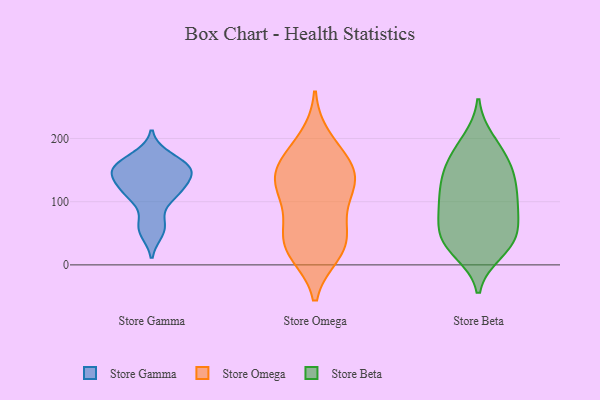
{"axis": {"x": "Headcount", "y": "Value"}, "legend": ["Store Beta", "Store Gamma", "Store Omega"], "data": [{"x": "", "y": 155, "type": "Store Gamma"}, {"x": "", "y": 111, "type": "Store Gamma"}, {"x": "", "y": 52, "type": "Store Gamma"}, {"x": "", "y": 141, "type": "Store Gamma"}, {"x": "", "y": 65, "type": "Store Gamma"}, {"x": "", "y": 114, "type": "Store Gamma"}, {"x": "", "y": 172, "type": "Store Gamma"}, {"x": "", "y": 156, "type": "Store Gamma"}, {"x": "", "y": 149, "type": "Store Gamma"}, {"x": "", "y": 144, "type": "Store Gamma"}, {"x": "", "y": 115, "type": "Store Gamma"}, {"x": "", "y": 19, "type": "Store Omega"}, {"x": "", "y": 132, "type": "Store Omega"}, {"x": "", "y": 146, "type": "Store Omega"}, {"x": "", "y": 140, "type": "Store Omega"}, {"x": "", "y": 84, "type": "Store Omega"}, {"x": "", "y": 29, "type": "Store Omega"}, {"x": "", "y": 121, "type": "Store Omega"}, {"x": "", "y": 170, "type": "Store Omega"}, {"x": "", "y": 24, "type": "Store Omega"}, {"x": "", "y": 161, "type": "Store Omega"}, {"x": "", "y": 53, "type": "Store Omega"}, {"x": "", "y": 199, "type": "Store Omega"}, {"x": "", "y": 115, "type": "Store Omega"}, {"x": "", "y": 41, "type": "Store Omega"}, {"x": "", "y": 78, "type": "Store Beta"}, {"x": "", "y": 101, "type": "Store Beta"}, {"x": "", "y": 157, "type": "Store Beta"}, {"x": "", "y": 127, "type": "Store Beta"}, {"x": "", "y": 197, "type": "Store Beta"}, {"x": "", "y": 160, "type": "Store Beta"}, {"x": "", "y": 47, "type": "Store Beta"}, {"x": "", "y": 190, "type": "Store Beta"}, {"x": "", "y": 41, "type": "Store Beta"}, {"x": "", "y": 72, "type": "Store Beta"}, {"x": "", "y": 41, "type": "Store Beta"}, {"x": "", "y": 27, "type": "Store Beta"}, {"x": "", "y": 21, "type": "Store Beta"}, {"x": "", "y": 163, "type": "Store Beta"}, {"x": "", "y": 76, "type": "Store Beta"}, {"x": "", "y": 121, "type": "Store Beta"}, {"x": "", "y": 97, "type": "Store Beta"}, {"x": "", "y": 142, "type": "Store Beta"}, {"x": "", "y": 32, "type": "Store Beta"}, {"x": "", "y": 114, "type": "Store Beta"}]}